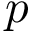
p